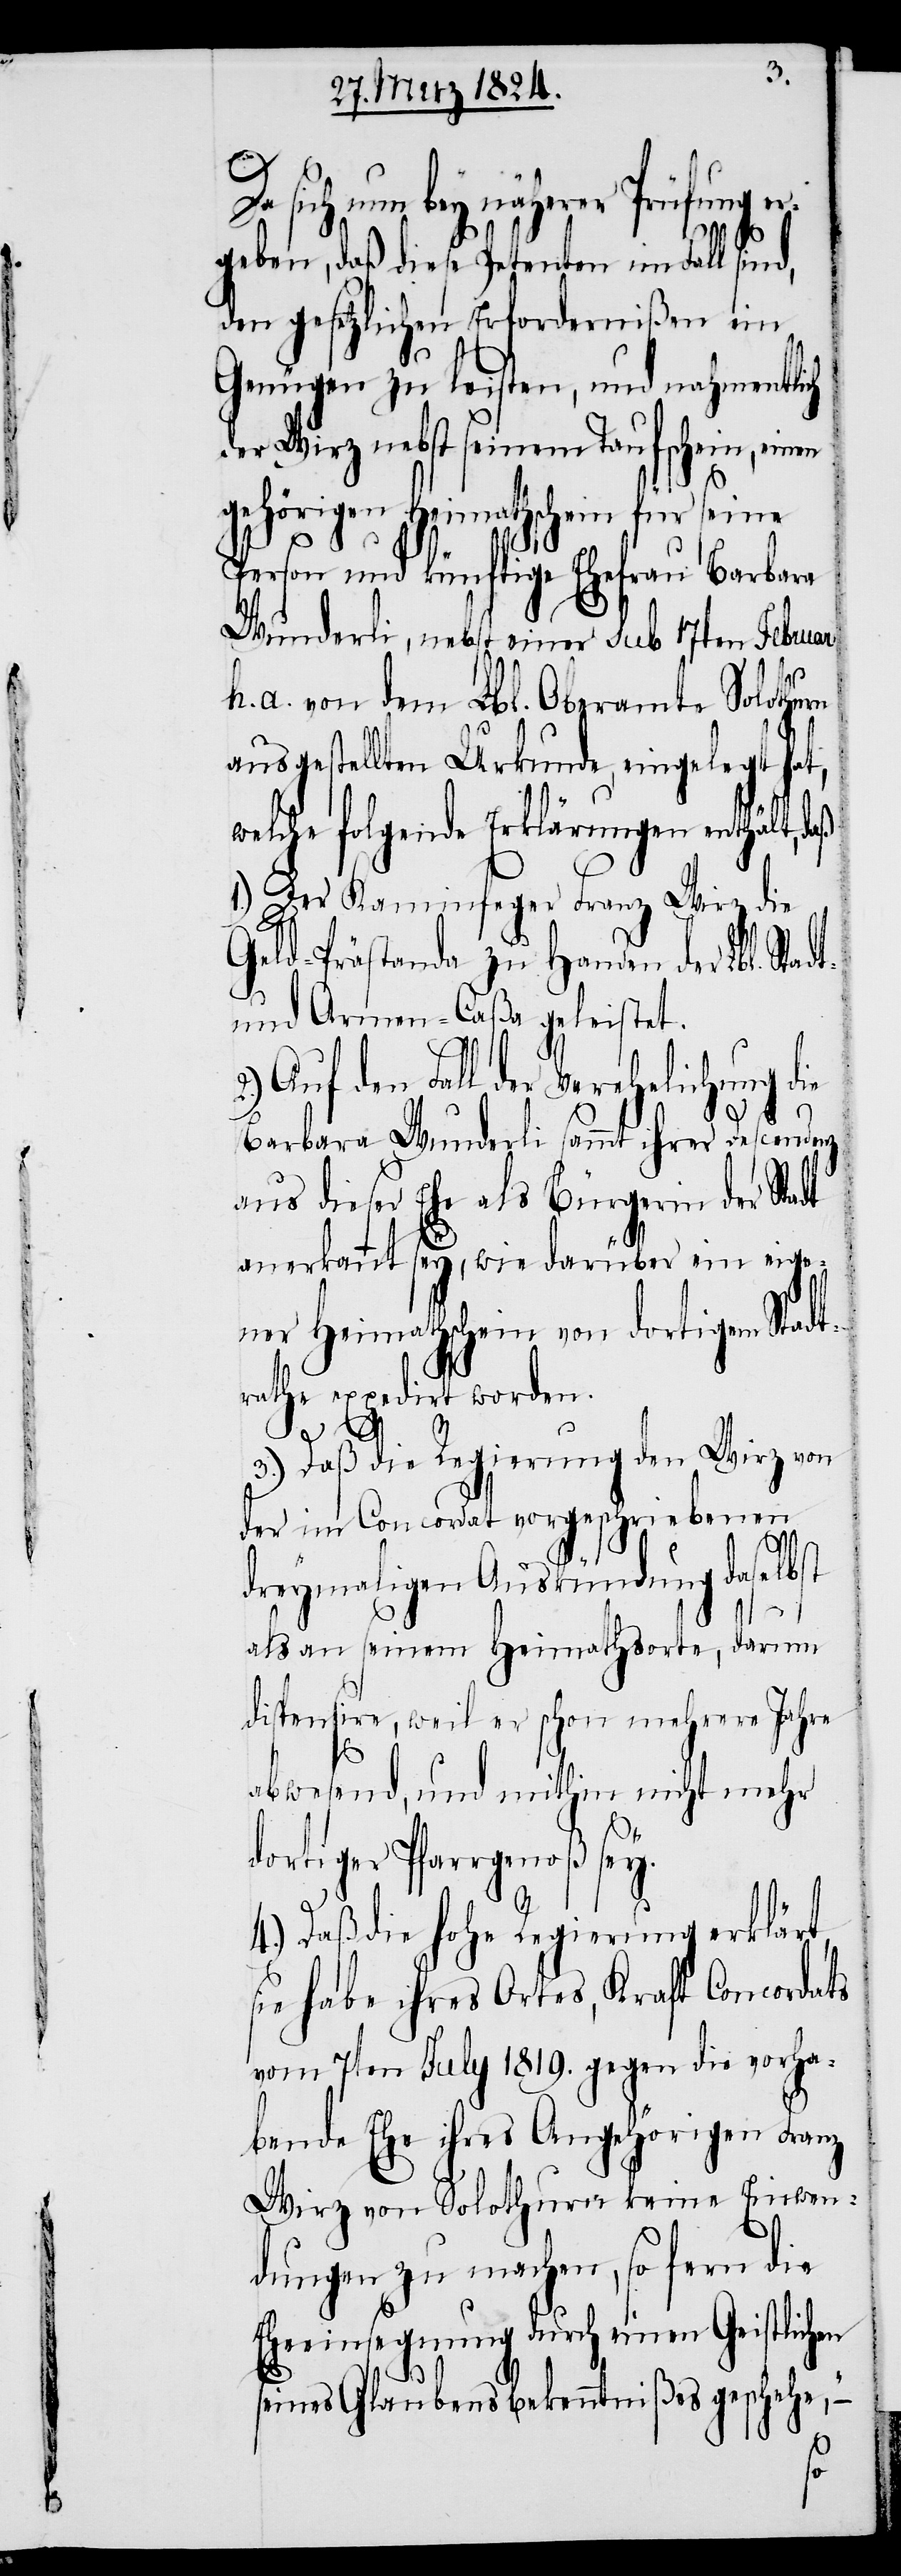
sich nun bey näherer Prüfung e¬
rgeben, daß diese Petenten im Fall sind,
den gesetzlichen Erfordernißen ein
Genügen zu leisten, und nahmentlich
der Wirz nebst seinem Taufschein, einen
gehörigen Heimathschein für seine
Person und künftige Ehefrau Barbara
Wunderli, nebst einer sub 17ten Februar
h. a. von dem Lbl. Oberamte Solothurn
ausgestellten Urkunde, eingelegt hat,
welche folgende Erklärungen enthält, daß
Der Kaminfeger Franz Wirz die
Geld Prästanda zu Handen der Lbl. Sta¬
und Armen-Caßa geleistet.
Auf den Fall der Verehelichung die
Barbara Wunderli sammt ihrer Descendenz
aus dieser Ehe als Bürgerin der Stadt
anerkannt sey, wie darüber ein eigen¬
er Heimathschein von dortigem Sta¬
rathe exedirt worden.
3.) Daß die Regierung den Wirz von
der im Concordat vorgeschriebenen
dreymaligen Auskündung daselbst
als seinem Heimathsorte, darum
dispensire, weil er schon mehrere Jahre
en
abwesend, und mithin nicht mehr
dortiger Pfarrgenoß sey.
4.) Daß die hohe Regierung erklärt,
sie habe ihres Ortes, Kraft Concordats
vom 7ten July 1819, gegen die vorha¬
bende Ehe ihres Angehörigen Franz
Wirz von Solothurn keine Einwen¬
dungen zu machen, so fern die
Eheeinsegnung durch einen Geistlich¬
seines Glaubensbekenntnißes geschehe“,
dt¬